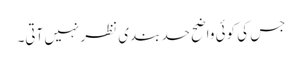
جس کی کوئی واضح حد بندی نظر نہیں آتی۔